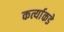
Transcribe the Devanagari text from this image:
कर्त्याकडे